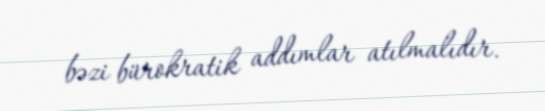
bəzi bürokratik addımlar atılmalıdır.